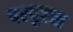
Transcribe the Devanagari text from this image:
परपुष्टता